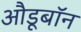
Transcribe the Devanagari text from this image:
औडूबॉन